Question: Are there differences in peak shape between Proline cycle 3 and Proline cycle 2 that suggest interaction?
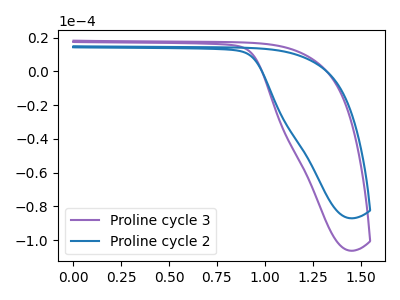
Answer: <think>The purple curve "Proline cycle 3" has no peaks. The blue curve "Proline cycle 2" has no peaks.
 Neither "Proline cycle 3" or "Proline cycle 2" have any peaks.</think>
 <answer>No, "Proline cycle 3" and "Proline cycle 2" don't appear to be significantly different in shape</answer>
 <eval>no_change</eval>